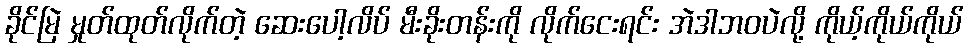
ခိုင်မြဲ မှုတ်ထုတ်လိုက်တဲ့ ဆေးပေါ့လိပ် မီးခိုးတန်းကို လိုက်ငေးရင်း အဲဒါဘဝပဲလို့ ကိုယ့်ကိုယ်ကိုယ်